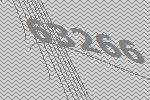
63266